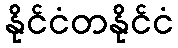
နိုင်ငံတနိုင်ငံ